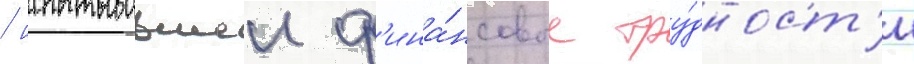
/ испытывавшеи ф'ина́нсовые тру́дност'и